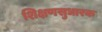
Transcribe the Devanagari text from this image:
शिक्षणसुधारक